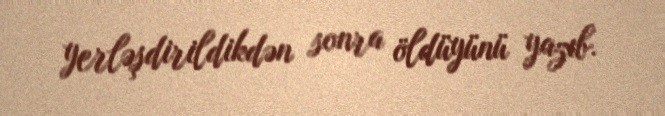
yerləşdirildikdən sonra öldüyünü yazıb.